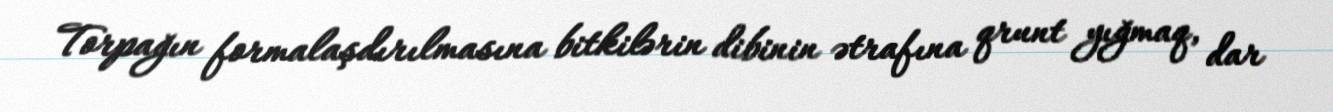
Torpağın formalaşdırılmasına bitkilərin dibinin ətrafına qrunt yığmaq, dar